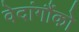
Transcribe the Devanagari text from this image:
वेदांगौंको